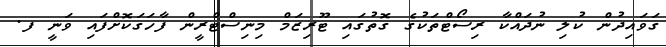
ގަވައިދުން ކުލި ނުދައްކާ ރިސޯޓްތަކުގެ ގޮތުގައި ޓޫރިޒަމް މިނިސްޓްރީން ފާހަގަކޮށްފައި ވަނީ ފ.